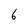
Character: 6